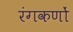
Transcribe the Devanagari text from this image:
रंगकणों